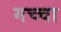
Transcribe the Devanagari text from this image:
गच्चा